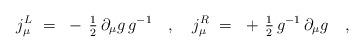
LaTeX: \begin{align*}j_\mu^L~=~- \, {\textstyle{1\over 2}} \, \partial_\mu g \, g^{-1}~~~,~~~ j_\mu^R~=~+ \, {\textstyle{1\over 2}} \, g^{-1} \, \partial_\mu g~~~,\end{align*}